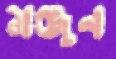
মঞ্জুন